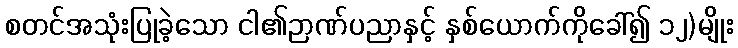
စတင်အသုံးပြုခဲ့သော ငါ၏ဉာဏ်ပညာနှင့် နှစ်ယောက်ကိုခေါ်၍ ၁၂)မျိုး